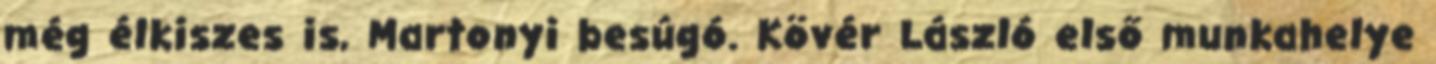
még élkiszes is, Martonyi besúgó. Kövér László első munkahelye